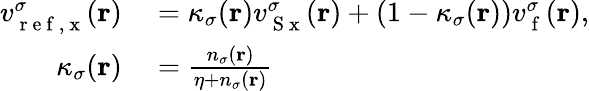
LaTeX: \begin{array}{rl}{v_{\mathrm{~r~e~f~,~x~}}^{\sigma}(\mathbf{r})}&{{}=\kappa_{\sigma}(\mathbf{r})v_{\mathrm{~S~x~}}^{\sigma}(\mathbf{r})+(1-\kappa_{\sigma}(\mathbf{r}))v_{\mathrm{~f~}}^{\sigma}(\mathbf{r}),}\\ {\kappa_{\sigma}(\mathbf{r})}&{{}=\frac{n_{\sigma}(\mathbf{r})}{\eta+n_{\sigma}(\mathbf{r})}}\end{array}